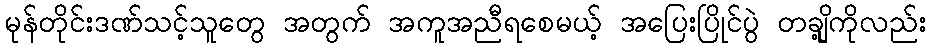
မုန်တိုင်းဒဏ်သင့်သူတွေ အတွက် အကူအညီရစေမယ့် အပြေးပြိုင်ပွဲ တချို့ကိုလည်း